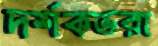
দর্শকভরা